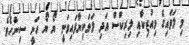
މި ލަވައިގެ މިއުޒިކާއި ލިރިކްސް އަދި ލަވަކިޔާފައިވަނީ ޔޯ ޔޯ ހަނީ ސިންހެވެ.